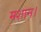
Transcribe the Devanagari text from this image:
मशान।